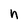
Character: n